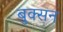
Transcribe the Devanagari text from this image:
बुक्सन